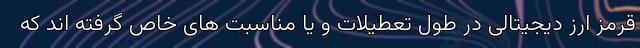
قرمز ارز دیجیتالی در طول تعطیلات و یا مناسبت های خاص گرفته اند که